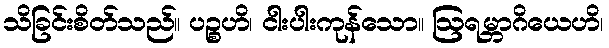
သိခြင်းစိတ်သည်။ ပဉ္စဟိ၊ ငါးပါးကုန်သော။ ဩရမ္ဘာဂိယေဟိ၊